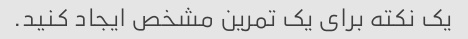
یک نکته برای یک تمرین مشخص ایجاد کنید.